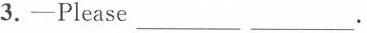
3.-Please ___ ___ .